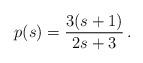
LaTeX: \begin{align*}p(s) = \frac{3(s + 1)}{2s + 3} \,.\end{align*}